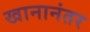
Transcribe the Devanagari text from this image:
खानानंतर